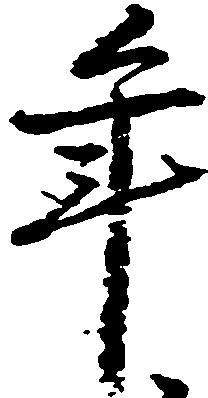
年